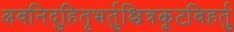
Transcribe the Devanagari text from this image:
अवनिदुहितृभर्तुश्चित्रकूटविहर्तु